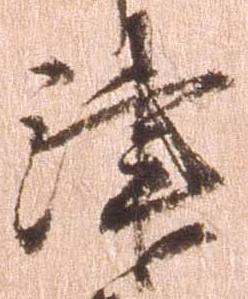
津